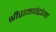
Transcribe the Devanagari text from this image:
श्रीरामचंद्रांना